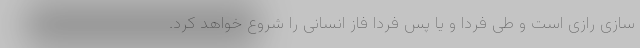
سازی رازی است و طی فردا و یا پس فردا فاز انسانی را شروع خواهد کرد.